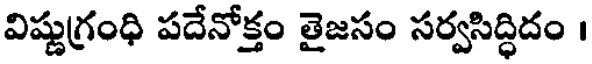
విష్ణుగ్రంధి పదేనోక్తం తైజసం సర్వసిద్ధిదం ।